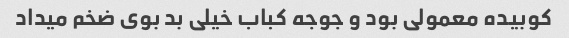
کوبیده معمولی بود و جوجه کباب خیلی بد بوی ضخم میداد